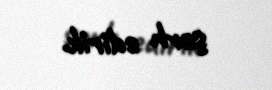
şərh edirik.